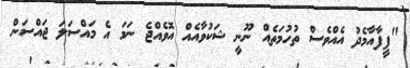
"ފީފާއާމެދު އެއްވެސް ތުހުމަތެއް ނޫނީ ޝަކުވާއެއް އޮވެއްޖެ ނަމަ އެ މައްސަލަ ޖައްސަން